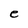
Character: e